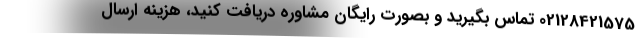
02128421575 تماس بگیرید و بصورت رایگان مشاوره دریافت کنید، هزینه ارسال